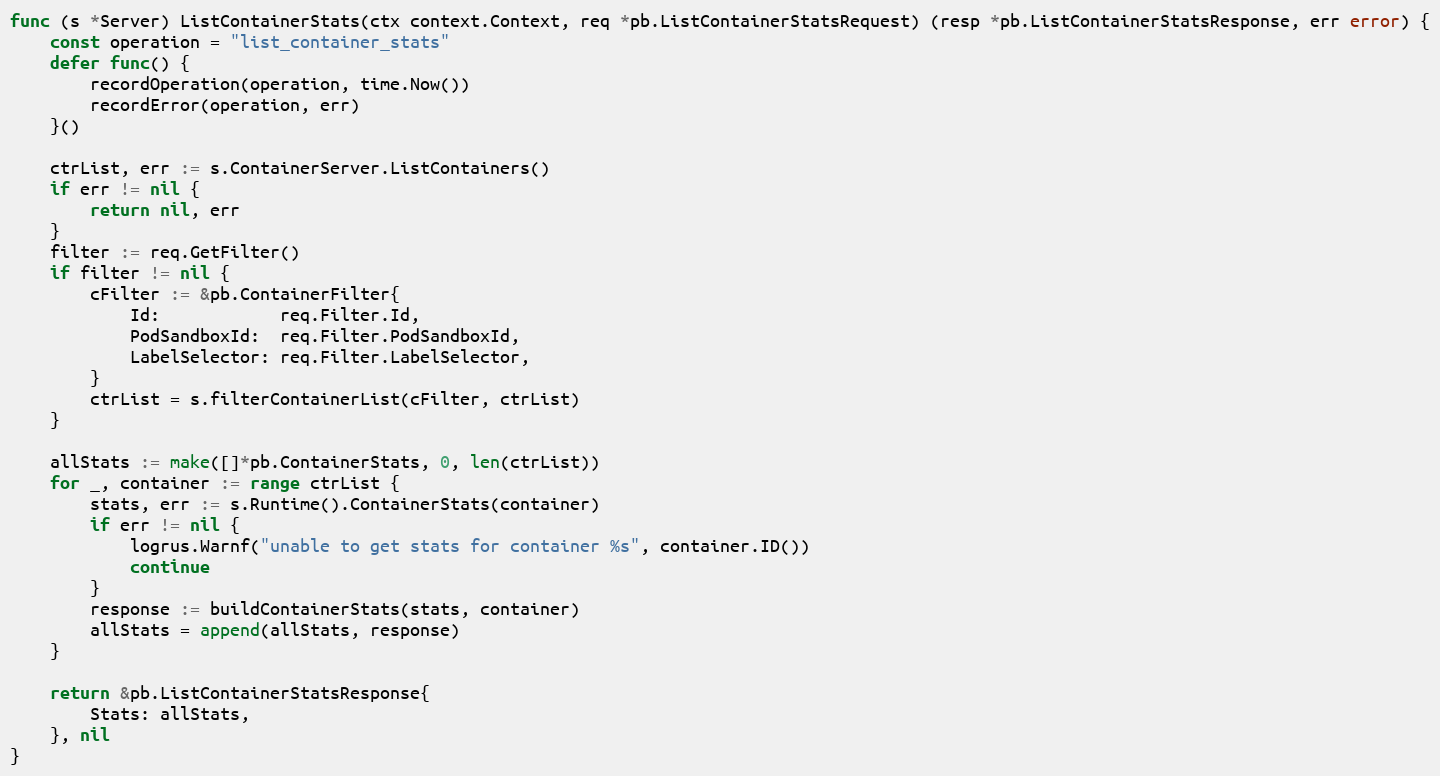
Language: Go
func (s *Server) ListContainerStats(ctx context.Context, req *pb.ListContainerStatsRequest) (resp *pb.ListContainerStatsResponse, err error) {
	const operation = "list_container_stats"
	defer func() {
		recordOperation(operation, time.Now())
		recordError(operation, err)
	}()

	ctrList, err := s.ContainerServer.ListContainers()
	if err != nil {
		return nil, err
	}
	filter := req.GetFilter()
	if filter != nil {
		cFilter := &pb.ContainerFilter{
			Id:            req.Filter.Id,
			PodSandboxId:  req.Filter.PodSandboxId,
			LabelSelector: req.Filter.LabelSelector,
		}
		ctrList = s.filterContainerList(cFilter, ctrList)
	}

	allStats := make([]*pb.ContainerStats, 0, len(ctrList))
	for _, container := range ctrList {
		stats, err := s.Runtime().ContainerStats(container)
		if err != nil {
			logrus.Warnf("unable to get stats for container %s", container.ID())
			continue
		}
		response := buildContainerStats(stats, container)
		allStats = append(allStats, response)
	}

	return &pb.ListContainerStatsResponse{
		Stats: allStats,
	}, nil
}